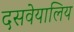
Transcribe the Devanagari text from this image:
दसवेयालिय